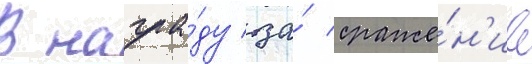
В награ́ду за́ сраже́н'ие